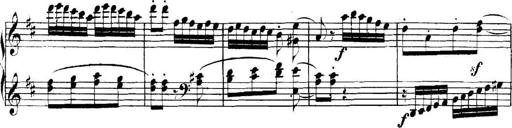
Title: Collected Piano Sonatas
Composer: Muzio Clementi